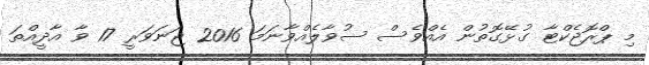
މި ޕްރޮޖެކްޓާ ގުޅޭގޮތުން އެއްވެސް ސުވާލެއްވާނަމަ 2016 ޖަނަވަރީ 17 ވާ އާދީއްތަ